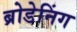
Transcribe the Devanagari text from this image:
ब्रोडेनिंग